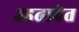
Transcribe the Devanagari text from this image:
उडताहेत